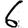
Digit: 6